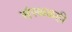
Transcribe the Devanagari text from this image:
संस्थळही